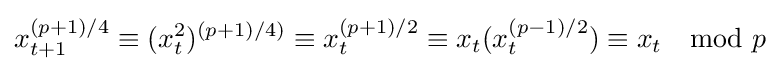
x_{t+1}^{(p+1)/4}\equiv (x_{t}^{2})^{(p+1)/4)}\equiv x_{t}^{(p+1)/2}\equiv x_{t}(x_{t}^{(p-1)/2})\equiv x_{t}\mod {p}